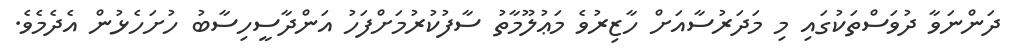
ދަންނަވާ ދުވަސްތަކުގައި މި މަދަރުސާއަށް ހާޒިރުވެ މަޢުލޫމާތު ސާފުކުރުމަށްފަހު އަންދާސީހިސާބު ހުށަހެޅުން އެދެމެވެ.